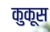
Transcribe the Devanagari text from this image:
कुकूस